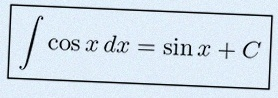
\int \cos x\,dx=\sin x+C